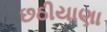
છઠીયાણા